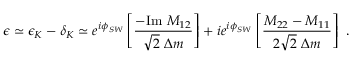
\epsilon \simeq \epsilon _ { K } - \delta _ { K } \simeq e ^ { i \phi _ { S W } } \left[ \frac { - \mathrm { I m } ~ M _ { 1 2 } } { \sqrt { 2 } ~ \Delta m } \right] + i e ^ { i \phi _ { S W } } \left[ \frac { M _ { 2 2 } - M _ { 1 1 } } { 2 \sqrt { 2 } ~ \Delta m } \right] ~ .